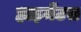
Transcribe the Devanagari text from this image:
हाइमेंटस